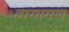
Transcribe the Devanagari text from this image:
वागामण